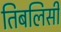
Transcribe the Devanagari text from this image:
तिबलिसी